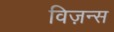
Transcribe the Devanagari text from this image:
विज़न्स